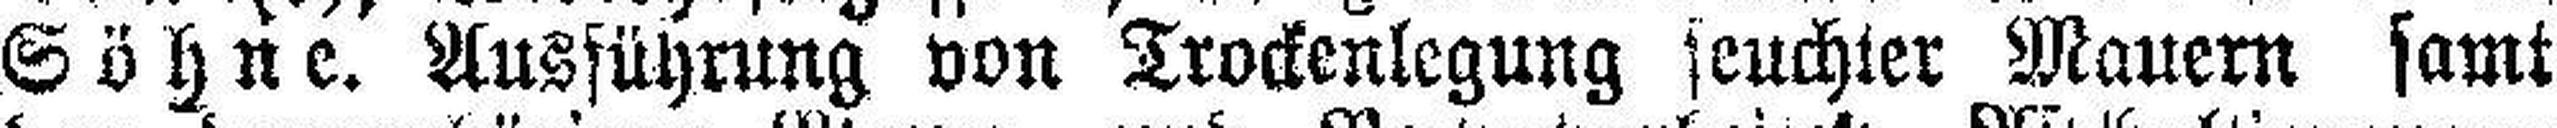
Söhne. Ausfüyrung von Trockenlegung feuchter Mauern samt